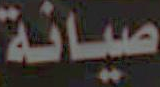
صيانة